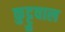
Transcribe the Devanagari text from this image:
कुट्टुवाल